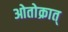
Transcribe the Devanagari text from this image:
ओतोक्रात्